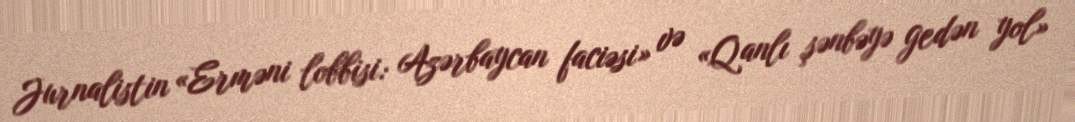
Jurnalistin «Erməni lobbisi: Azərbaycan faciəsi» və «Qanlı şənbəyə gedən yol»